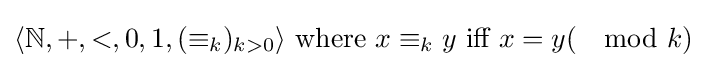
\langle \mathbb {N} ,+,<,0,1,(\equiv _{k})_{k>0}\rangle {\text{ where }}x\equiv _{k}y{\text{ iff }}x=y(\mod {k})